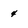
Character: 4